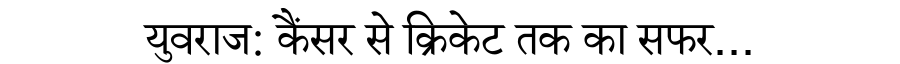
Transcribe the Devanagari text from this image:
युवराज: कैंसर से क्रिकेट तक का सफर...